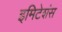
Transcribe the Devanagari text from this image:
इमिटेशंस